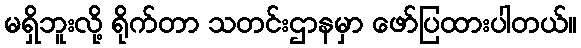
မရှိဘူးလို့ ရိုက်တာ သတင်းဌာနမှာ ဖော်ပြထားပါတယ်။